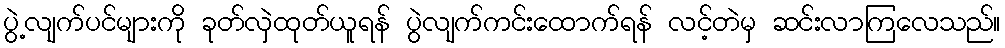
ပွဲ့လျက်ပင်များကို ခုတ်လှဲထုတ်ယူရန် ပွဲလျက်ကင်းထောက်ရန် လင့်တဲမှ ဆင်းလာကြလေသည်။